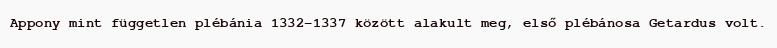
Appony mint független plébánia 1332–1337 között alakult meg, első plébánosa Getardus volt.